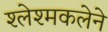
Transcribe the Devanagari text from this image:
श्लेश्मकलेने